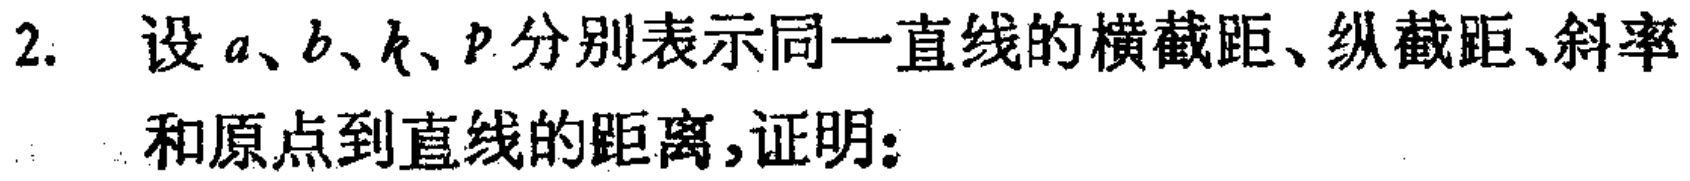
2. 设\(a、b、k、p\)分别表示同一直线的横截距、纵截距、斜率和原点到直线的距离,证明: